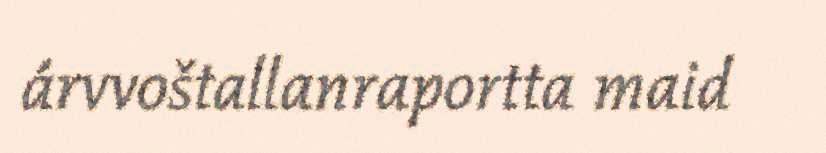
árvvoštallanraportta maid